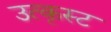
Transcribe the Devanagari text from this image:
उत्कृस्ट